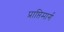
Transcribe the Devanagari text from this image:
प्राप्तिमार्ग